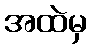
အထဲမှ